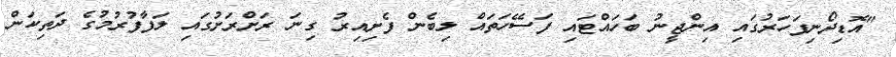
"އޮޑިދޯނިފަހަރުގައި އިންޖީނު ބަހައްޓައި ފަސޭހަތައް ލިބެން ފެށިއިރު ގިނަ ރަށްރަށުގައި ލަފާފުރުމުގެ ދަތިކަން